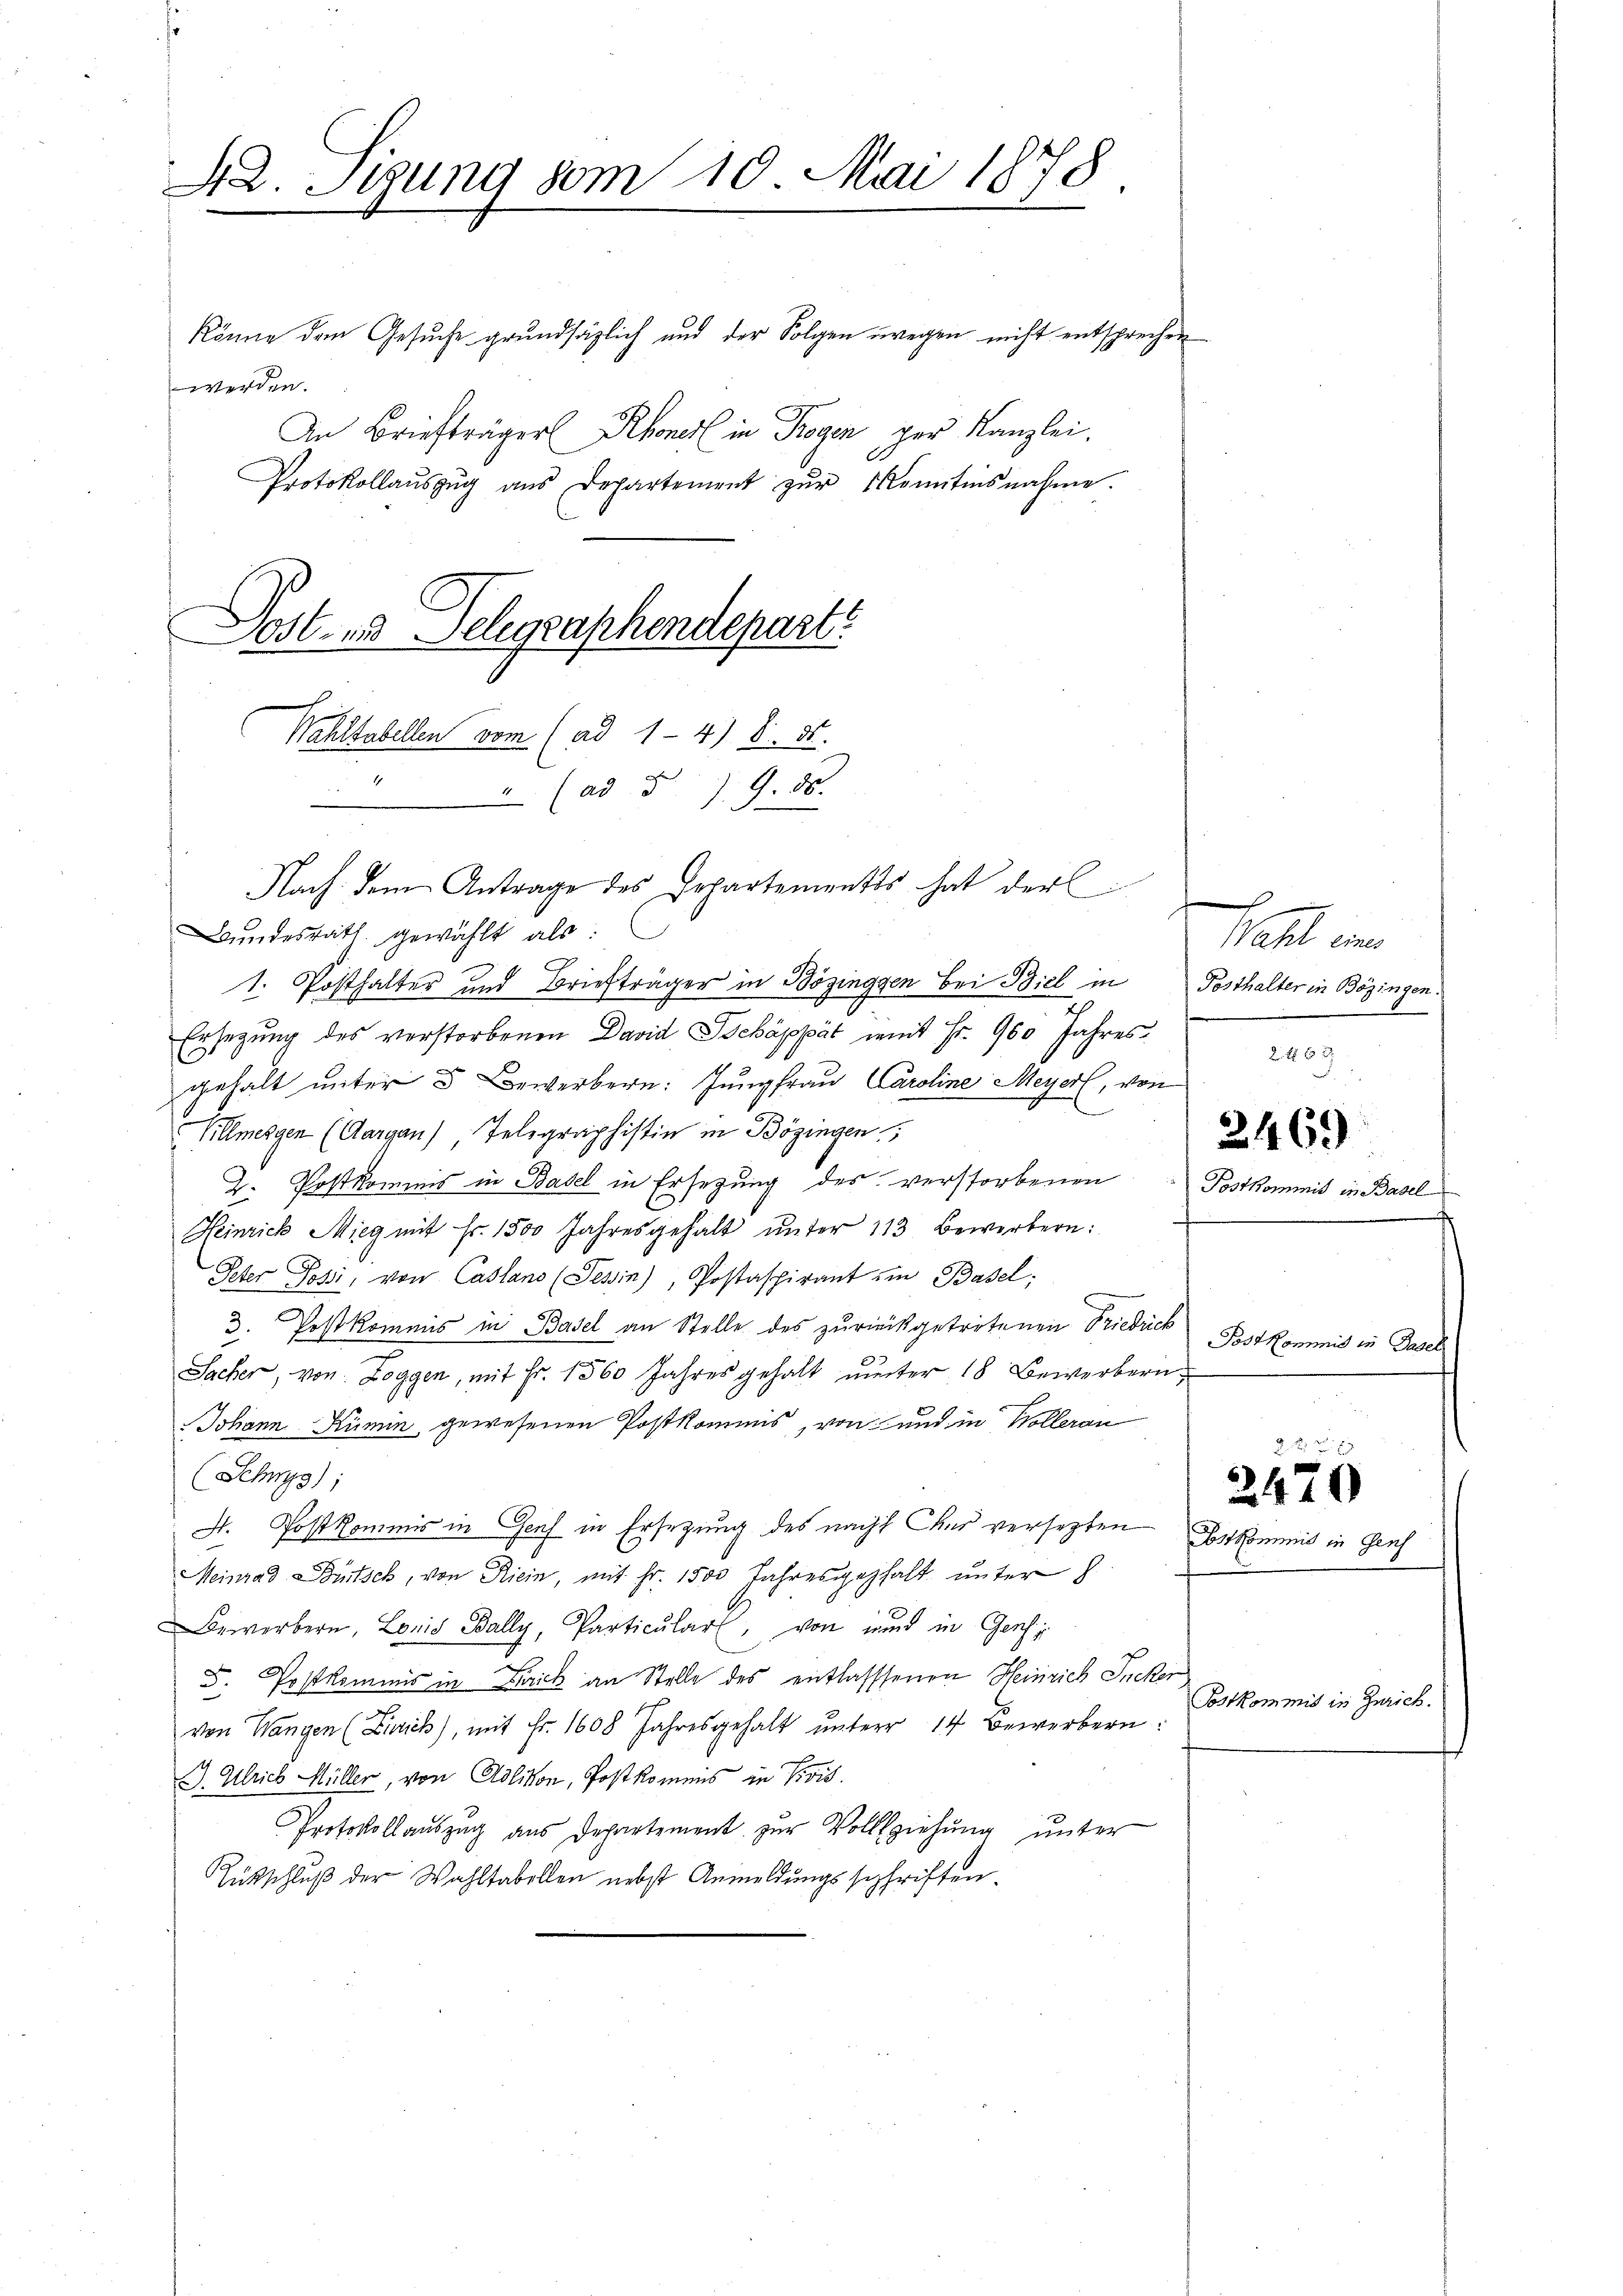
42. Stung vom 10. Mai 1878

könne dem Gesuche grundsätzlich und der Folgen wegen nicht entsprechen
werden.
An Briefträger Rhoner in Trogen per Kanzlei.
Protokollauszug aus Departement zŭr Kenntnisnahme.
Wahlsabellen vom (ad 1-4) S. 31.
e
Bundesrath gewählt als:
1. Posthalter und Briefträger in Bözinggen bei Biel in
Ersetzung des verstorbenen David Schäppät mit Fr. 900 Jahresgehalt unter 3 Bewerbern: Jungfrau Caroline Meyerl, vo
Villmergen (Aargau) Telegraphistin in Bözingen,
Z. Postkommis in Basel in Ersezung des verstorbenen
Heinrich Mieg mit Fr. 1500 Jahresgehalt ŭnter 113 Bewerbern:
Peter Josi, von Casland (Tessin), Postaspirant im Basel;
3. Postkommis in Basel an Stelle des zurückgetretenen Friedrich
Sacher, von: Loggen, mit Fr. 1560 Jahres gehalt ŭnter 18 Bewerbern-
Johann Kümin, gewesenen Postkommis, von und in Wollerau
(Schwyz);
H. Postkommis in Genf in Ersetzung des nach Chur versetzten
Meinrad Bütsch, von Riein, mit Fr. 1500 Jahresgehalt unter
Bewerbern, Loris Bally, Particular, von und in Genf
F. Postkommis in Frick an Stelle des entlasssenen Heinrich Ine
von Wangen (Zürich), mit Fr. 1608 Jahresgehalt ŭnterer 14 bewerbern:
J. Ulrich Müller, von Adlikon, Postkommnis in Pivis.
Protokollauszug aus Departement zur Vollziehung unter
Rütschluß der Wahltabellen nebst Anmeldungssephriften.

Dost- und Telegraphendepart

" (ad § 79. 86.
Nach dem Antrage des Departementes hat der

z
Vahl eines
Posthalter in Bözingen.
.
2t 63
7

2469

Fr

Postkommis in Basel

Postkommit in Genf

2470

h
Postkommis in Zürich.

nit in Basel